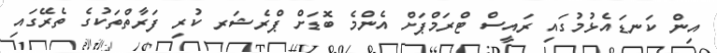
އިން ކަނޑައެޅުމުގައި ރައީސް ޓްރަމްޕަށް އެންމެ ބޮޑަށް ޕްރެޝަރ ކުރި ފަރާތްތަކުގެ ތެރޭގައި